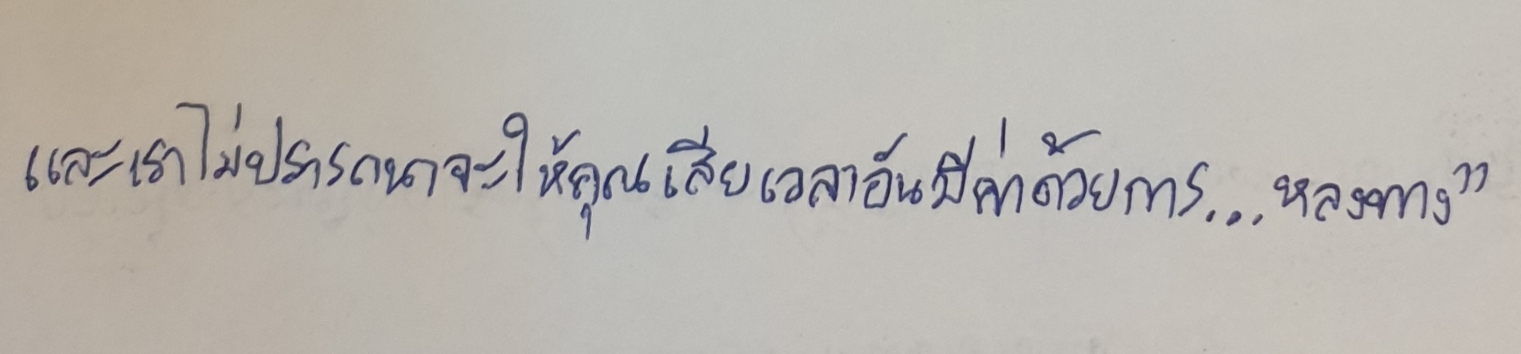
และเราไม่ปรารถนาจะให้คุณเสียเวลาอันมีค่าด้วยการ...หลงทาง"